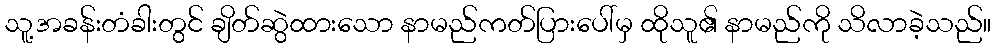
သူ့အခန်းတံခါးတွင် ချိတ်ဆွဲထားသော နာမည်ကတ်ပြားပေါ်မှ ထိုသူ၏ နာမည်ကို သိလာခဲ့သည်။